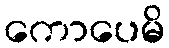
ကောပေမိ